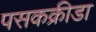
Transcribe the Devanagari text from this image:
पसकक्रीडा